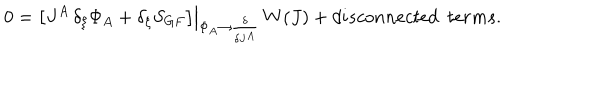
0 = \left. \left[ J ^ { A } \, \delta _ { \xi } \Phi _ { A } + \delta _ { \xi } S _ { G F } \right] \right| _ { \Phi _ { A } \rightarrow \frac { \delta } { \delta J ^ { A } } } \, W ( J ) + d i s c o n n e c t e d ~ ~ t e r m s .